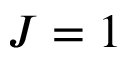
J = 1